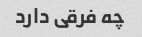
چه فرقی دارد